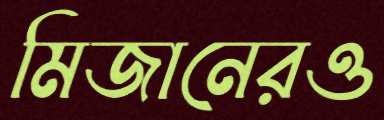
মিজানেরও